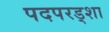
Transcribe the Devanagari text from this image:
पदपरड्शा